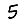
Digit: 5